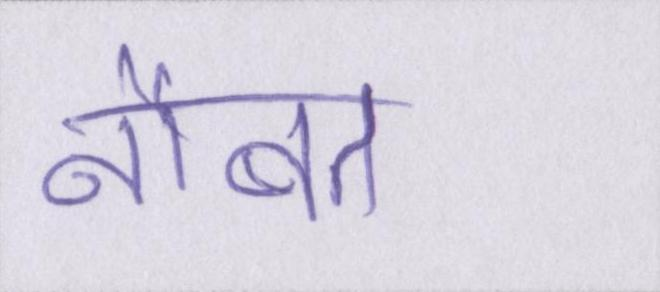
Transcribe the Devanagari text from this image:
नौबत